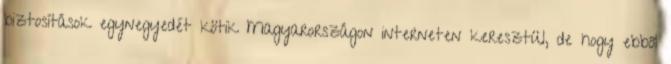
biztosítások egynegyedét kötik Magyarországon interneten keresztül, de hogy ebből